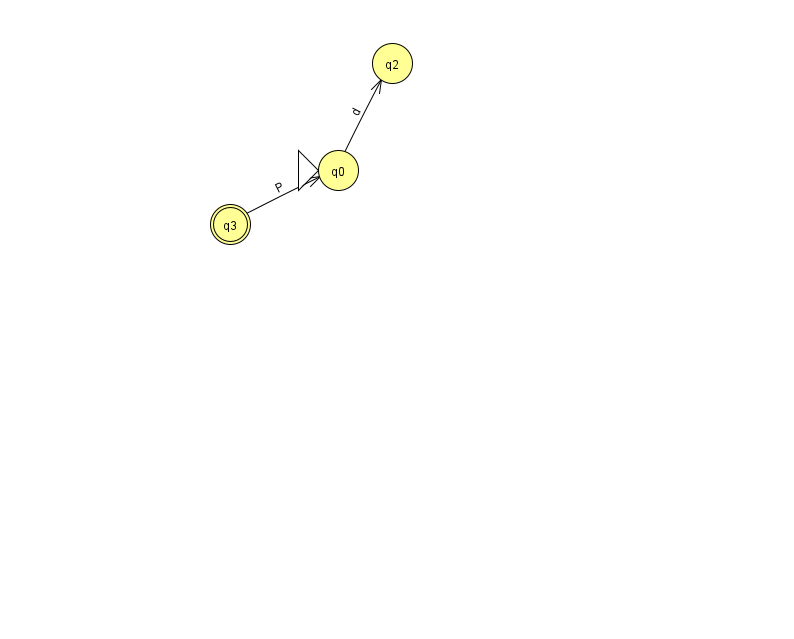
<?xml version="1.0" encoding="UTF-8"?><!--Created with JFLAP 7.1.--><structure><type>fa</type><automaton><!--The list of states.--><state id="0" name="q0"><x>338.0</x><y>157.0</y><initial/></state><state id="1" name="q1"><x>870.0</x><y>376.0</y></state><state id="2" name="q2"><x>392.0</x><y>50.0</y></state><state id="3" name="q3"><x>230.0</x><y>211.0</y><final/></state><!--The list of transitions.--><transition><from>0</from><to>2</to><read>d</read></transition><transition><from>1</from><to>1</to><read>j</read></transition><transition><from>3</from><to>0</to><read>P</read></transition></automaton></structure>